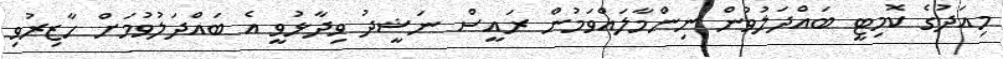
މިއަދުގެ ކޮމިޓީ ބައްދަލުވުން ނިންމާލައްވަމުން ރައީސް ނަޝީދު ވިދާޅުވީ އެ ބައްދަލުވުމަށް ހާޒިރުވި